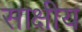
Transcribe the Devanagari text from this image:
साक्षीय